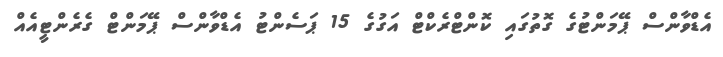
އެޑްވާންސް ޕޭމަންޓުގެ ގޮތުގައި ކޮންޓްރެކްޓް އަގުގެ 15 ޕަސެންޓު އެޑްވާންސް ޕޭމަންޓް ގެރެންޓީއެއް